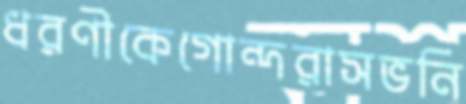
ধরণীকেগোন্দরাসভনি